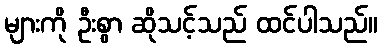
များကို ဦးစွာ ဆိုသင့်သည် ထင်ပါသည်။